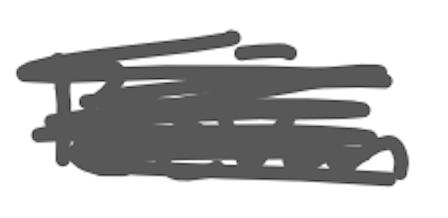
Text: Bevan
Cross-out: mix
Writing tool: digital_gray